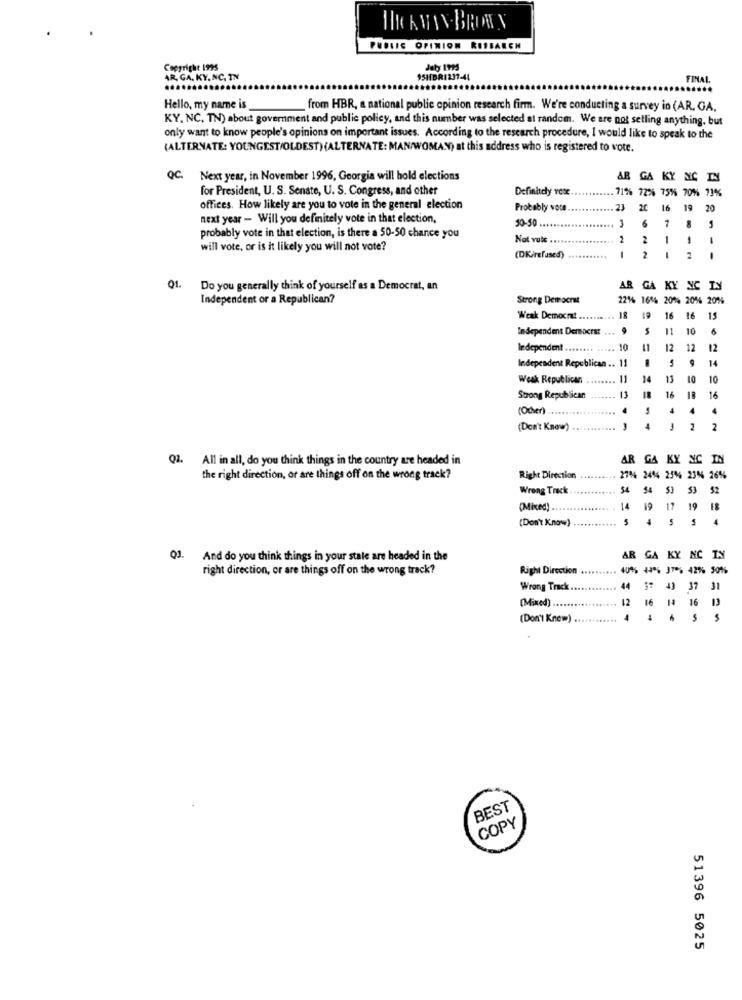
HAVE-BRONS
PUBLIC OPINION RITIARCH
Copyright 1995
July 1995
AR, GA. KY, NC. IN
95HBR1237-44
FINAL
Hello, my name is
from HBR, a national public opinion research firm. We're conducting a survey in (AR, GA,
KY, NC. TN) about government and public policy, and this number was selected al random. We are not selling anything, but
only want to know people's opinions on important issues. According to the research procedure, I would like to speak to the
(ALTERNATE: YOUNGEST/OLDEST) (ALTERNATE: MAN/WOMAN) at this address who is registered to vote.
QC. Next year, in November 1996, Georgia will hold elections
AB GA KY NIC
for President, U. S. Senate, U. S. Congress, and other
Definitely rex
71% 72% 75% 70% 73
offices. How likely are you to vote in the general election
Probably voce
23
20
16
19
20
next year - Will you definitely vote in that election,
3
50-50 ..
6 7 8
probably vote in that election, is there a 50-50 chance you
Not vol ...
2
2
1
will vote, or is it likely you will not vote?
(DKirefused)
.........
2
2
-
01.
Do you generally think of yourself as a Democrat, an
AR GA KY NIC
Independent or a Republican?
Strong Democrat
22% 161% 20% 20% 20%
Weak Democrat ..
19
16
16
15
Independent Democra: .
9
11
10
Independent
10
11
12
12
12
Independent Republican .. 11
14
Weak Republican
11
14
13
10
10
Strong Republican
11
18
16
IR
16
(Oder)
4
4
(Don't Know) .
4
3
2
2
Q2. All in all, do you think things in the country are headed in
AR
GA KY
NIC
the right direction, or are things off on the wrong track?
Right Direction
27% 24% 23% 23% 265
Wrong Track
54
53
52
(Mixed) ...
14
19
19
19
(Don't Know)
5
5
QJ. And do you think things in your stale are headed in the
AR GA KY
NC IN
right direction, or are things off on the wrong track?
Right Direction
401% 44% 37% 42% 50%
Wrong Track.
44 37 43 37 31
(Mixed) ...
12
16 13
16 14
(Don't Knew)
BEST
COPY
51396 5025